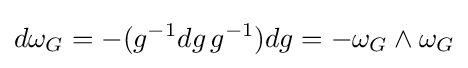
d\omega _{G}=-(g^{-1}dg\,g^{-1})dg=-\omega _{G}\wedge \omega _{G}